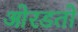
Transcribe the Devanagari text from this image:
ओरडतो